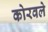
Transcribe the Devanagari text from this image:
कोरवले